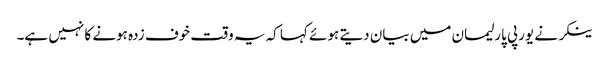
ینکر نے یورپی پارلیمان میں بیان دیتے ہوئے کہا کہ یہ وقت خوف زدہ ہونے کا نہیں ہے۔